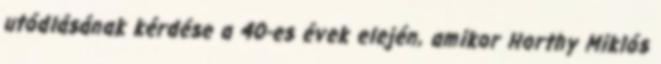
utódlásának kérdése a 40-es évek elején, amikor Horthy Miklós